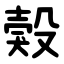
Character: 㺉